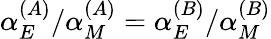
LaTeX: \alpha_{E}^{(A)}/\alpha_{M}^{(A)}=\alpha_{E}^{(B)}/\alpha_{M}^{(B)}